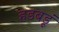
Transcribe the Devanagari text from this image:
हडबडूं